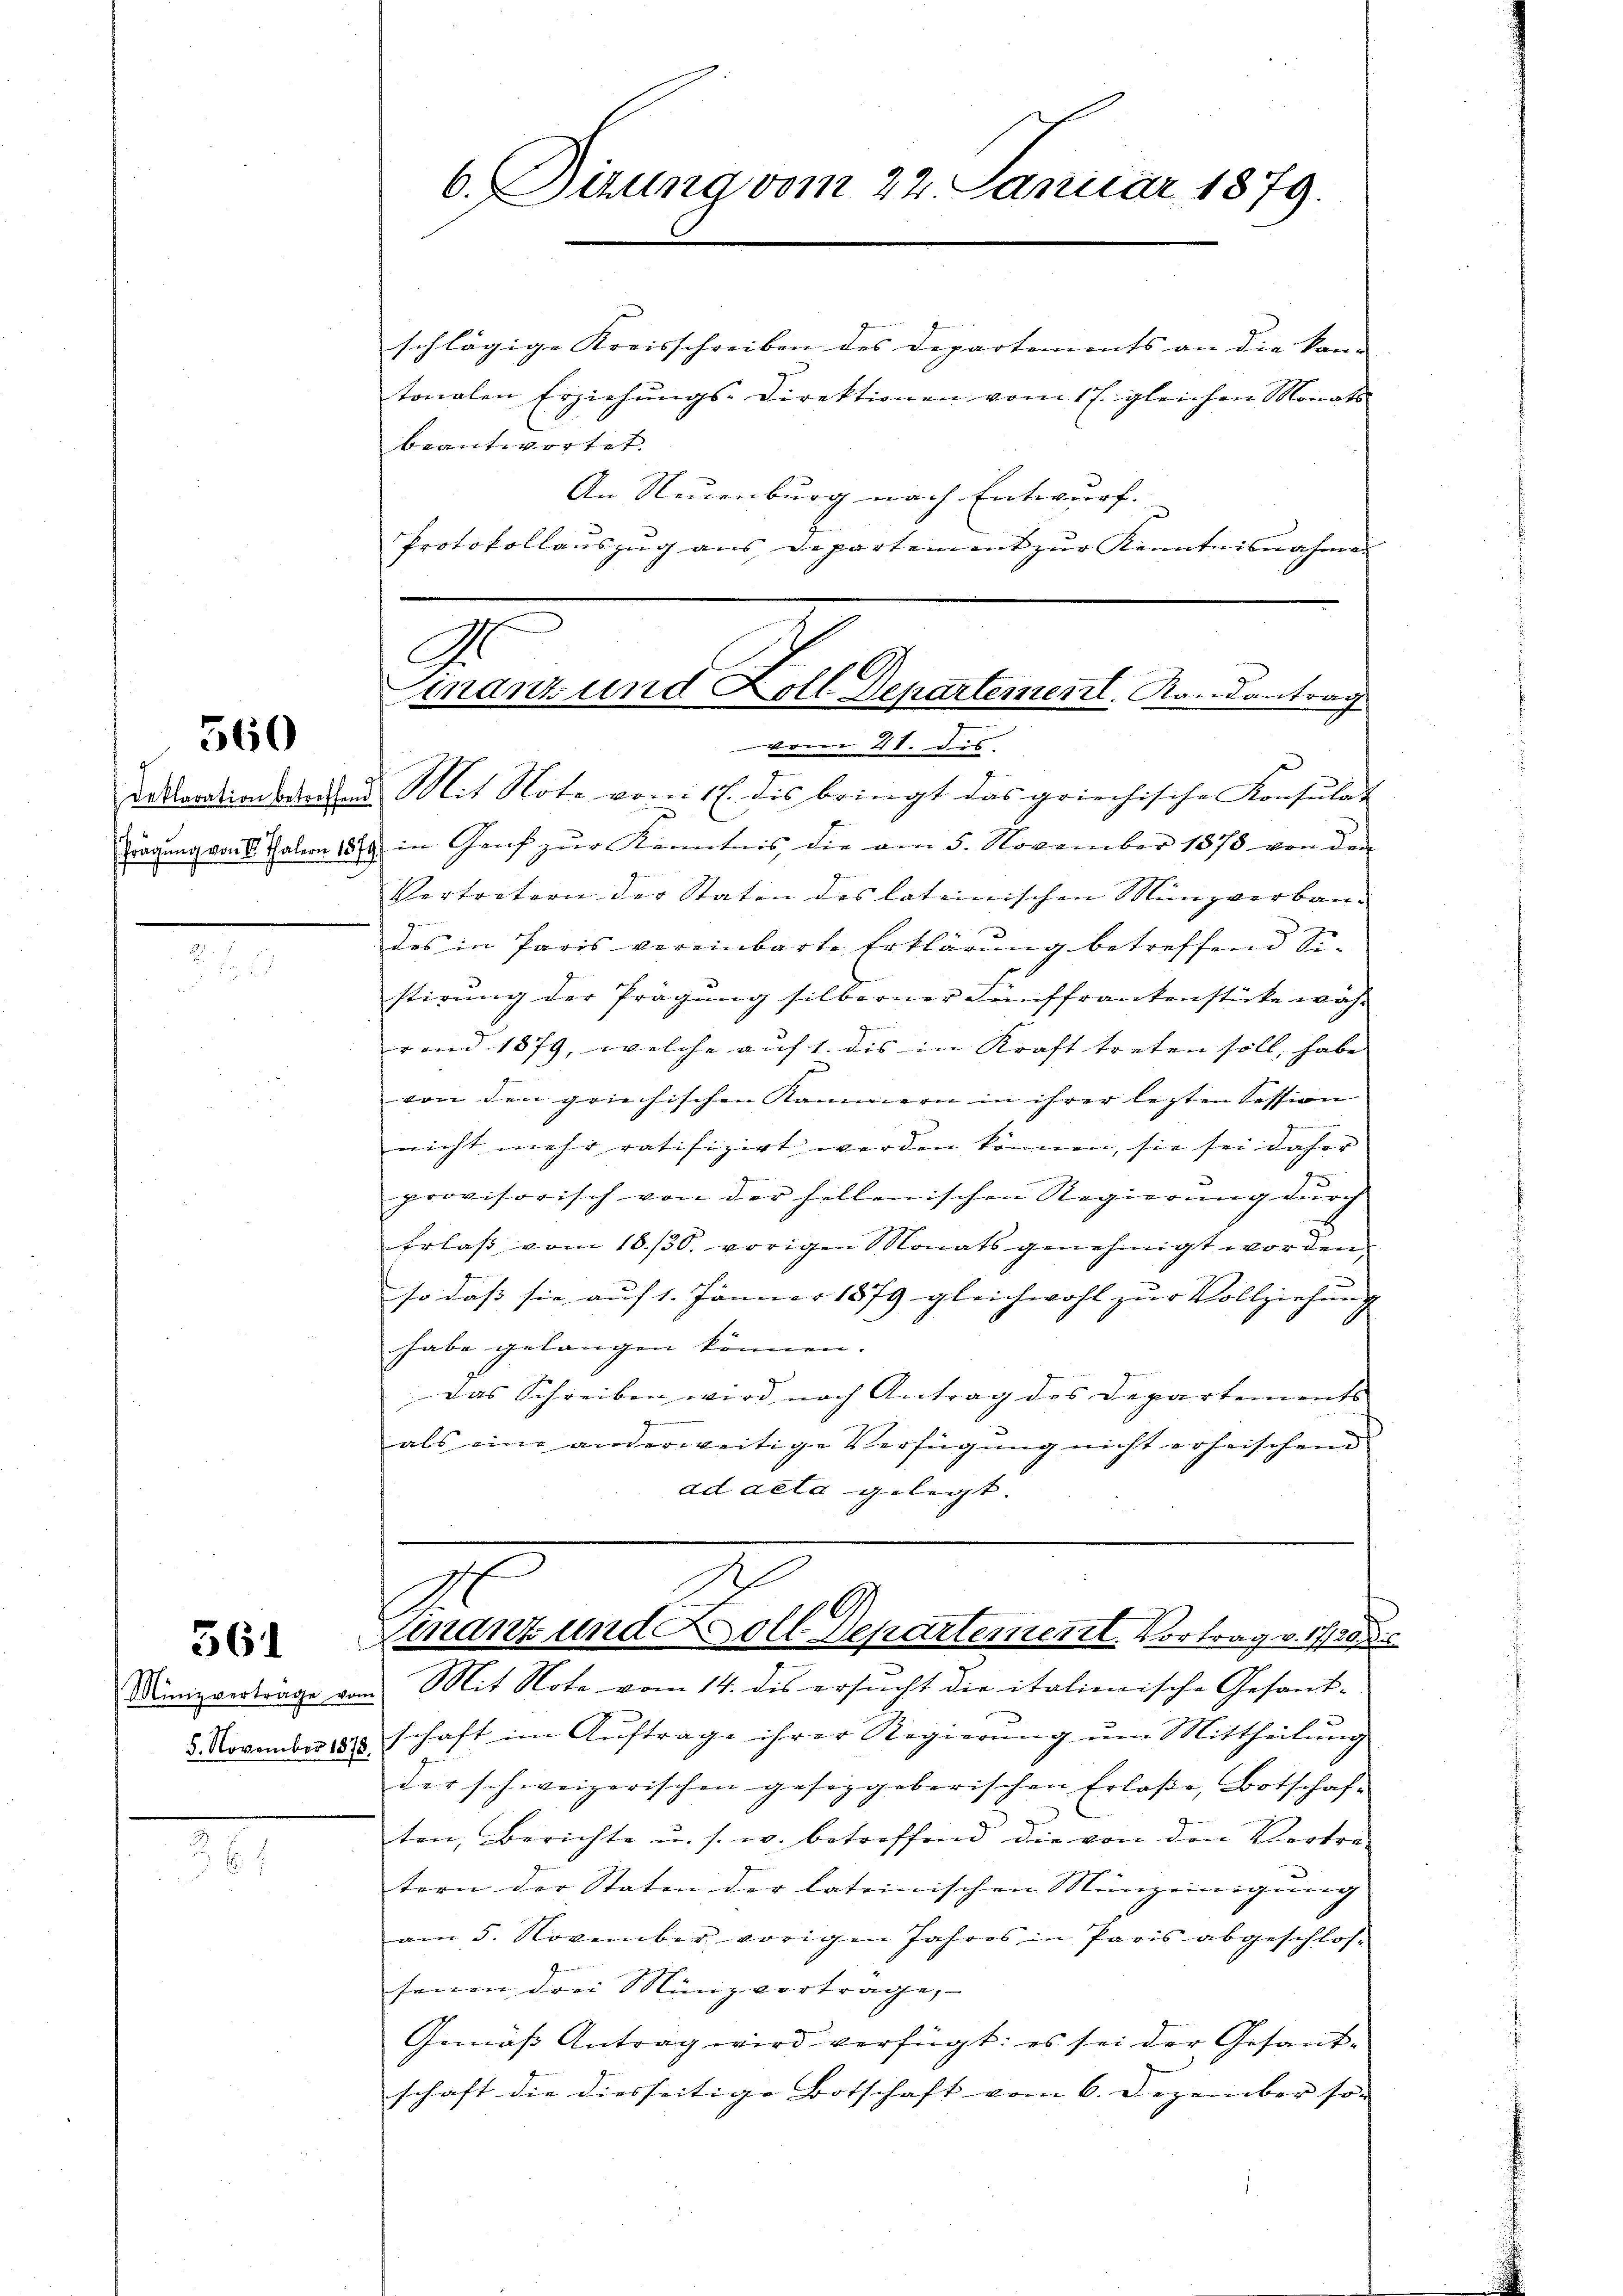
560

361

Münzvertrage von
5. November 187.

schlägige Kreisschreiben des Departements an die kan- |
beantwortet.
An Neuenburg nach Entwurf. |
Protokollaŭszŭg ans Departement zŭr Kenntnisnahme

6. Sizung vom 22. Januar 1879.

tonalen Erziehŭngs-Direktionen vom 17. gleichen Monats

.
Finanz und Koll Departement. Randantrag
vom 21. des

Dekorationsarten Mit Note vom 17. des bringt das griechische Konsulat
Tragung von St. Galern 1879 in Genf zŭr Kenntnis die am 5. November 1878 von den
e
Vortretern der Staten des lateinischen Münzverbau-
des in Paris vereinbarte Erklärung betreffend Sistirung der Prägung silberner Fünffrankenstücke währ
rend 1879, welche auf 1. dis in Kraft treten soll, habe
von den griechischen Kammern in ihrer lezten Session
.
nicht mehr ratifizirt werden können, sie sei daher
provisorisch von der hellenischen Regierŭng dŭrch
Erlass vom 18./30. vorigen Monats genehmigt worden.
so daß sie auf 1. Jänner 1879 gleichwohl zur Vollziehung
habe gelangen können.
das Schreiben wird nach Antrag des Departements
als eine anderweitige Verfügung nicht erheischend
ad acta gelegt.

mant und Soll Departement. Vortrag v. 1720. d

Mit Note vom 14. des ersucht die italienische Gesandeschaft im Aŭftrage ihrer Regierŭng ŭm Mittheilŭng
der schweizerischen geseggeberischen Erlaße, Botschaft
ten, Berichte u. s. w. betreffend die von den Vertra-
tern der Staten der lateinischen Münzeinigung
am 5. November vorigen Jahres in Paris abgeschlos-
feinen drei Münzvorträge,
Gemäß Antrag wird verfügt: es sei der Gesandschaft die diesseitige Botschaft vom 6. Dezember so |